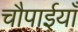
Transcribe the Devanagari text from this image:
चौपाईयाँ